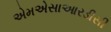
એમએસાઆરડીસી